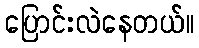
ပြောင်းလဲနေတယ်။